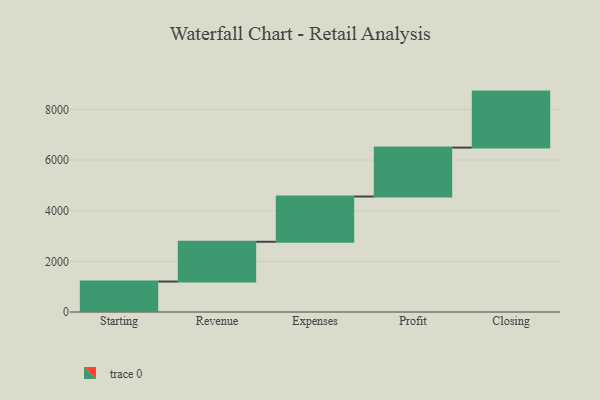
{"axis": {"x": "Step", "y": "Value"}, "legend": [""], "data": [{"x": "Starting", "y": 1203.0, "type": ""}, {"x": "Revenue", "y": 1571.0, "type": ""}, {"x": "Expenses", "y": 1787.0, "type": ""}, {"x": "Profit", "y": 1932.0, "type": ""}, {"x": "Closing", "y": 2211.0, "type": ""}]}